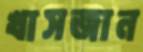
খাসজান